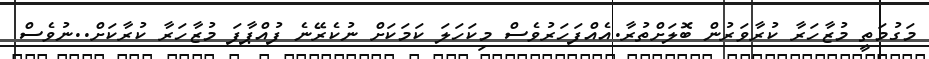
މަގުމަތީ މުޒާހަރާ ކުރާވަރުން ބޮލަށްތުރާ.އެއްފަހަރުވެސް މިކަހަލަ ކަމަކަށް ނުކެރޭނެ ފުުއްޕާފަ މުޒާހަރާ ކުރާކަށް..ނުވެސް